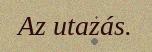
Az utazás.